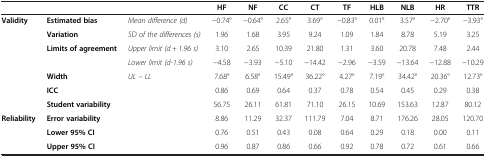
<table><thead><tr><td><b> </b></td><td><b> </b></td><td><b> </b></td><td><b>HF</b></td><td><b>NF</b></td><td><b>CC</b></td><td><b>CT</b></td><td><b>TF</b></td><td><b>HLB</b></td><td><b>NLB</b></td><td><b>HR</b></td><td><b>TTR</b></td></tr></thead><tbody><tr><td rowspan="5"><b>Validity</b></td><td><b>Estimated bias</b></td><td><i>Mean difference (d)</i></td><td>-0.74°</td><td>-0.64°</td><td>2.65°</td><td>3.69°</td><td>-0.83°</td><td>0.01°</td><td>3.57°</td><td>-2.70°</td><td>-3.93°</td></tr><tr><td><b>Variation</b></td><td><i>SD of the differences (s)</i></td><td>1.96</td><td>1.68</td><td>3.95</td><td>9.24</td><td>1.09</td><td>1.84</td><td>8.78</td><td>5.19</td><td>3.25</td></tr><tr><td rowspan="2"><b>Limits of agreement</b></td><td><i>Upper limit (d + 1.96 s)</i></td><td>3.10</td><td>2.65</td><td>10.39</td><td>21.80</td><td>1.31</td><td>3.60</td><td>20.78</td><td>7.48</td><td>2.44</td></tr><tr><td><i>Lower limit (d-1.96 s)</i></td><td>-4.58</td><td>-3.93</td><td>-5.10</td><td>-14.42</td><td>-2.96</td><td>-3.59</td><td>-13.64</td><td>-12.88</td><td>-10.29</td></tr><tr><td><b>Width</b></td><td><i>UL – LL</i></td><td>7.68°</td><td>6.58°</td><td>15.49°</td><td>36.22°</td><td>4.27°</td><td>7.19°</td><td>34.42°</td><td>20.36°</td><td>12.73°</td></tr><tr><td> </td><td><b>ICC</b></td><td> </td><td>0.86</td><td>0.69</td><td>0.64</td><td>0.37</td><td>0.78</td><td>0.54</td><td>0.45</td><td>0.29</td><td>0.38</td></tr><tr><td> </td><td><b>Student variability</b></td><td> </td><td>56.75</td><td>26.11</td><td>61.81</td><td>71.10</td><td>26.15</td><td>10.69</td><td>153.63</td><td>12.87</td><td>80.12</td></tr><tr><td rowspan="3"><b>Reliability</b></td><td><b>Error variability</b></td><td> </td><td>8.86</td><td>11.29</td><td>32.37</td><td>111.79</td><td>7.04</td><td>8.71</td><td>176.26</td><td>28.05</td><td>120.70</td></tr><tr><td><b>Lower 95% CI</b></td><td> </td><td>0.76</td><td>0.51</td><td>0.43</td><td>0.08</td><td>0.64</td><td>0.29</td><td>0.18</td><td>0.00</td><td>0.11</td></tr><tr><td><b>Upper 95% CI</b></td><td> </td><td>0.96</td><td>0.87</td><td>0.86</td><td>0.66</td><td>0.92</td><td>0.78</td><td>0.72</td><td>0.61</td><td>0.66</td></tr></tbody></table>